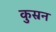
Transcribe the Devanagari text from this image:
कुस्रन